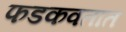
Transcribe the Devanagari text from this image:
फडकवतात